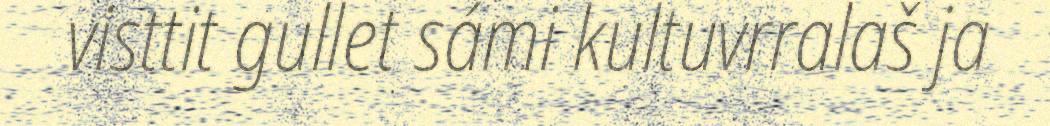
visttit gullet sámi kultuvrralaš ja